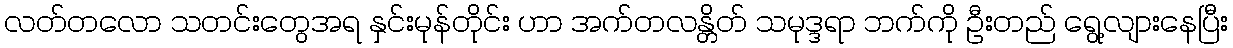
လတ်တလော သတင်းတွေအရ နှင်းမုန်တိုင်း ဟာ အက်တလန္တိတ် သမုဒ္ဒရာ ဘက်ကို ဦးတည် ရွေ့လျားနေပြီး